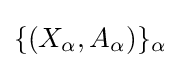
\{(X_{\alpha },A_{\alpha })\}_{\alpha }